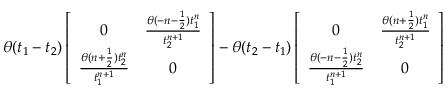
\theta ( t _ { 1 } - t _ { 2 } ) \left[ \begin{array} { c c } { { 0 } } & { { \frac { \theta ( - n - \frac 1 2 ) t _ { 1 } ^ { n } } { t _ { 2 } ^ { n + 1 } } } } \\ { { \frac { \theta ( n + \frac 1 2 ) t _ { 2 } ^ { n } } { t _ { 1 } ^ { n + 1 } } } } & { { 0 } } \end{array} \right] - \theta ( t _ { 2 } - t _ { 1 } ) \left[ \begin{array} { c c } { { 0 } } & { { \frac { \theta ( n + \frac 1 2 ) t _ { 1 } ^ { n } } { t _ { 2 } ^ { n + 1 } } } } \\ { { \frac { \theta ( - n - \frac 1 2 ) t _ { 2 } ^ { n } } { t _ { 1 } ^ { n + 1 } } } } & { { 0 } } \end{array} \right]